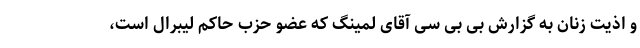
و اذیت زنان به گزارش بی بی سی آقای لمینگ که عضو حزب حاکم لیبرال است،